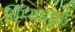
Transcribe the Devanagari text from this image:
विम्यामुळे